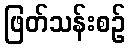
ဖြတ်သန်းစဉ်